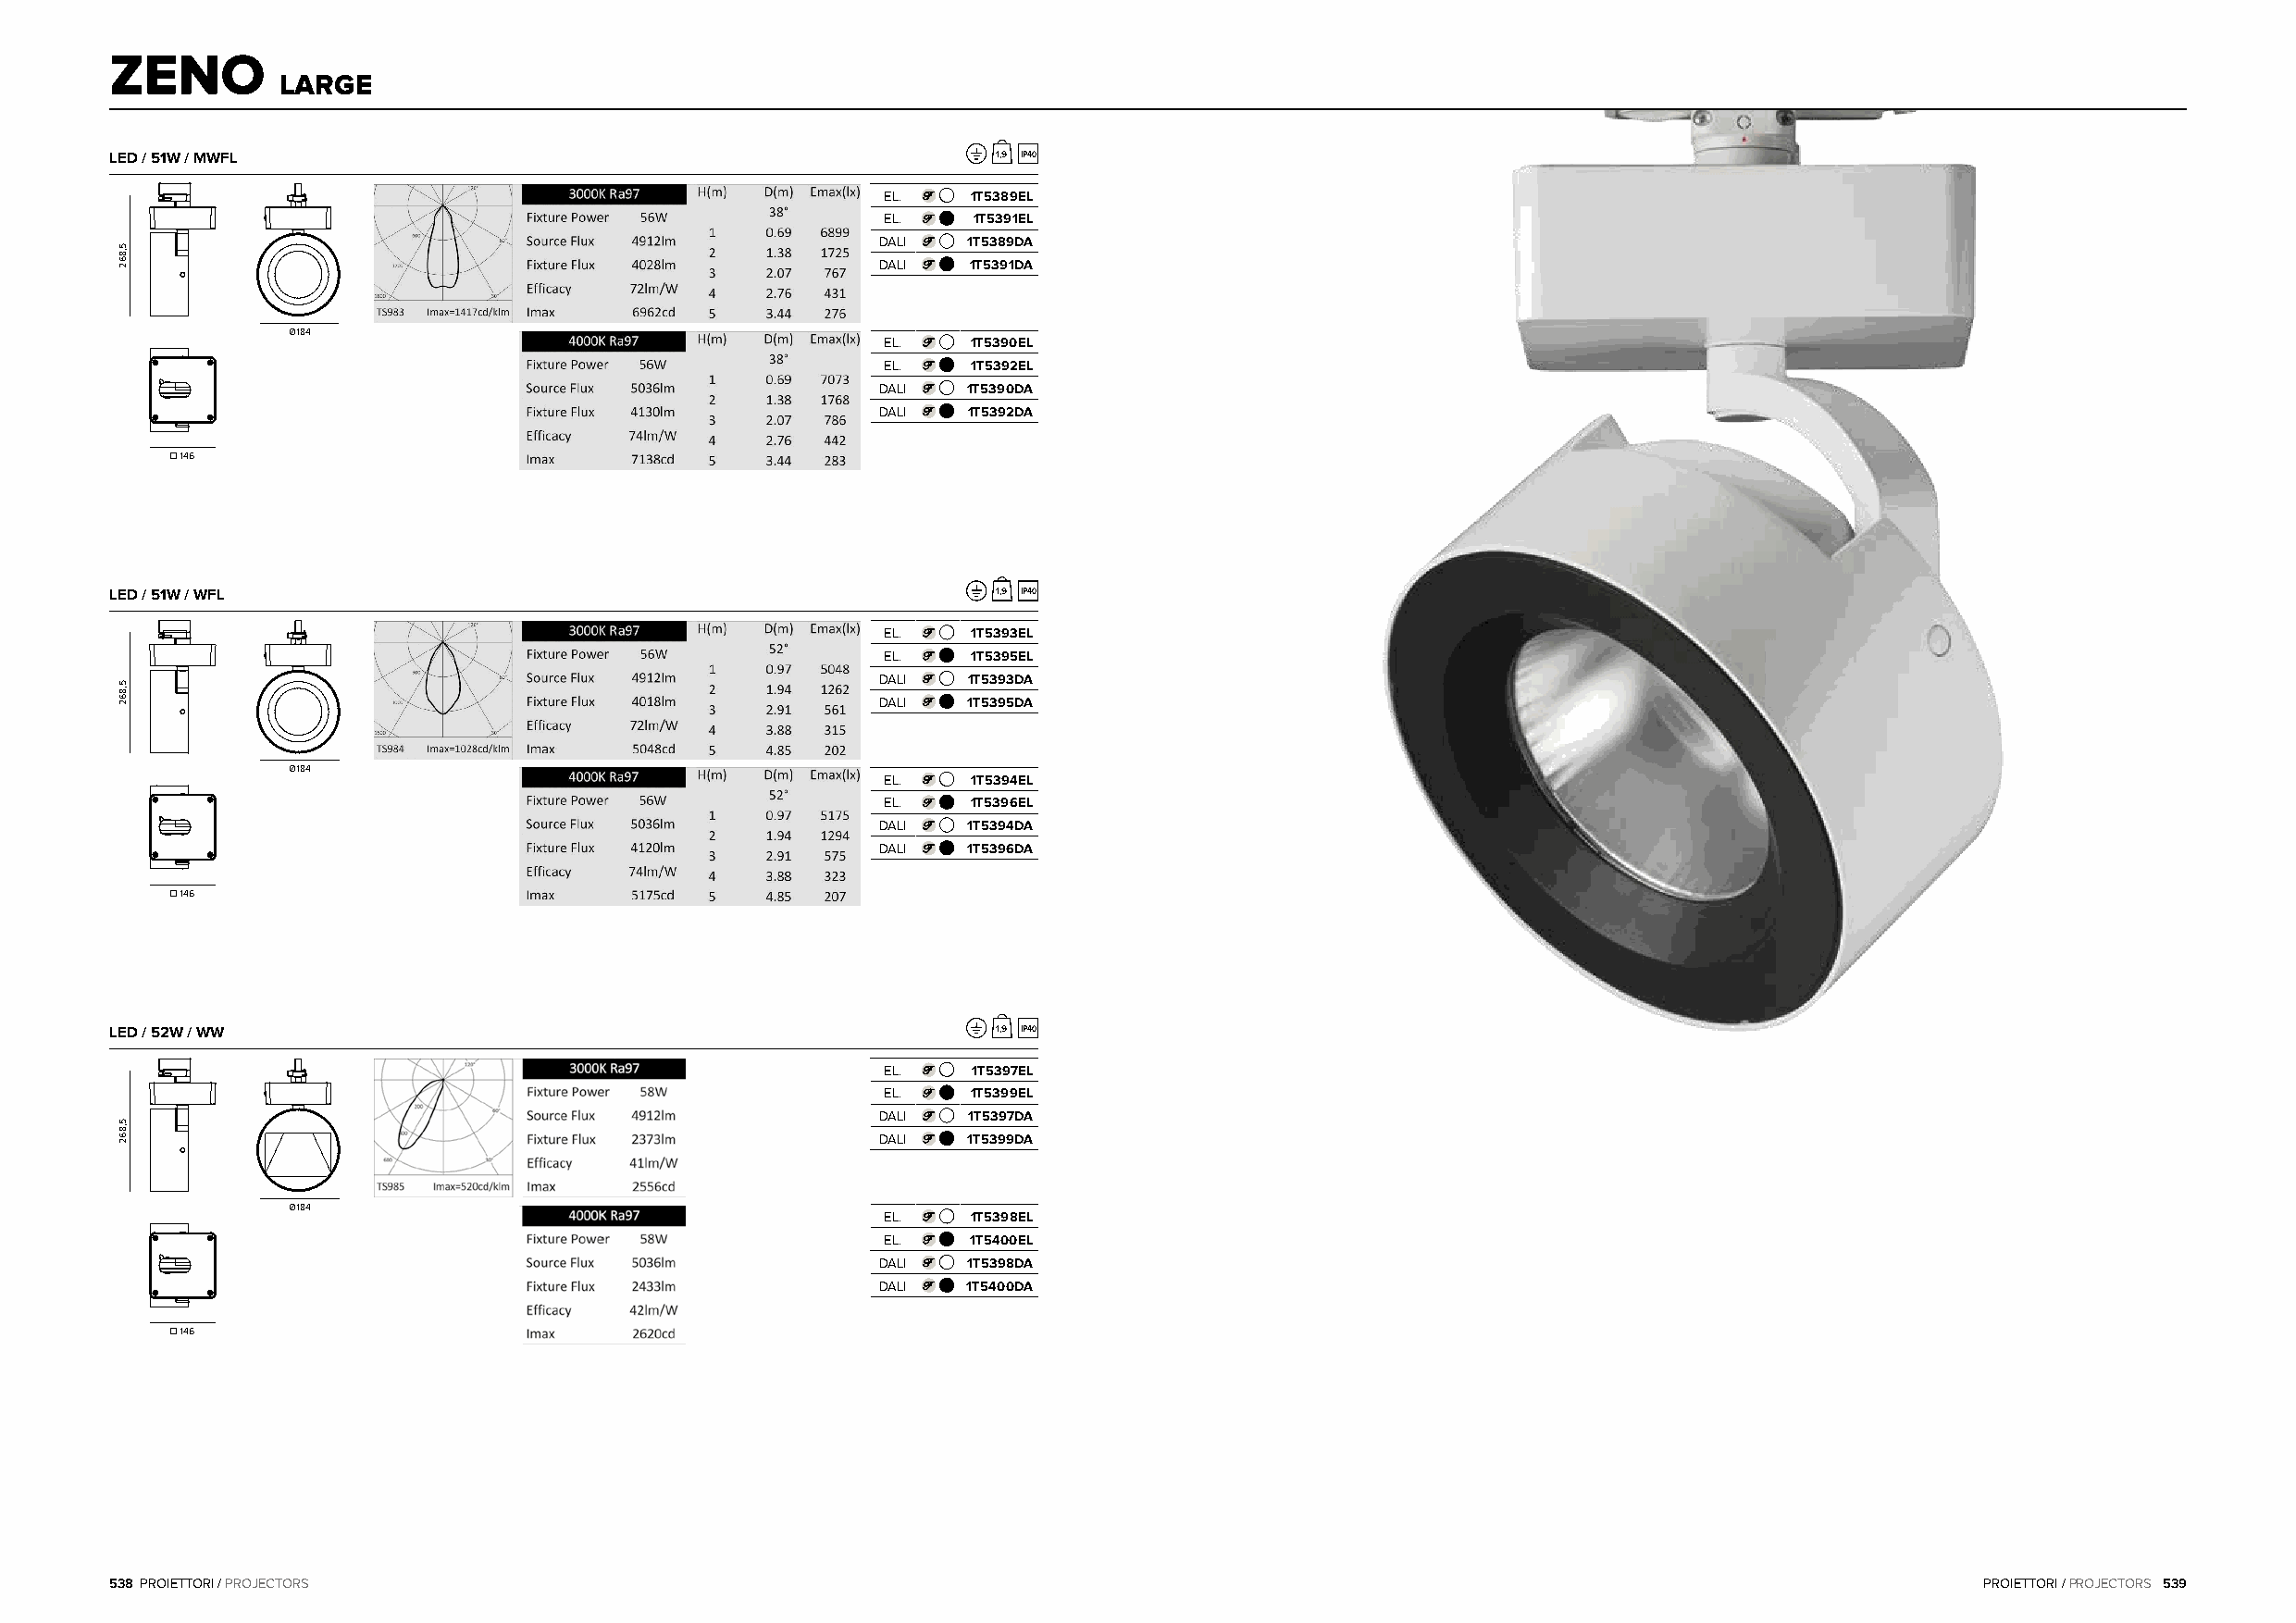
ZENO
 LARGE
 LED / 51W / MWFL                                               1,9 IP40
 EL.   1T5389EL
 EL.    1T5391EL
 DALI  1T5389DA
 DALI  1T5391DA
 Ø184
 EL.   1T5390EL
 EL.   1T5392EL
 DALI  1T5390DA
 DALI  1T5392DA
  146
 LED / 51W / WFL                                                1,9 IP40
 EL.   1T5393EL
 EL.   1T5395EL
 DALI  1T5393DA
 DALI  1T5395DA
 Ø184
 EL.   1T5394EL
 EL.   1T5396EL
 DALI  1T5394DA
 DALI  1T5396DA
  146
 LED / 52W / WW                                                 1,9 IP40
 EL.    1T5397EL
 EL.   1T5399EL
 DALI  1T5397DA
 DALI  1T5399DA
 Ø184
 EL.   1T5398EL
 EL.   1T5400EL
 DALI  1T5398DA
 DALI  1T5400DA
  146
 538 PROIETTORI / PROJECTORS                                                                                                           PROIETTORI / PROJECTORS 539
 5,862
 5,862
 5,862